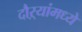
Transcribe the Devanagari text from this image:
दौऱ्यांमध्ये